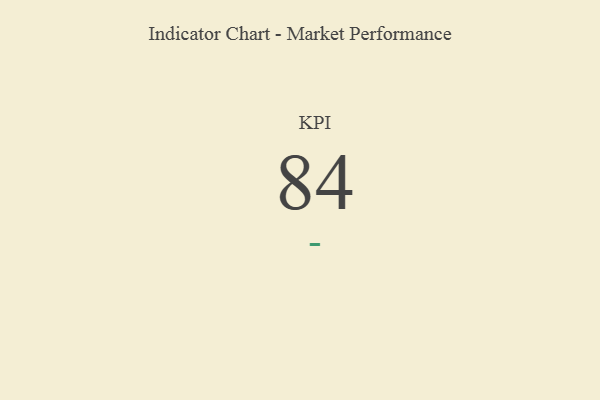
{"axis": {"x": "KPI", "y": "Value"}, "legend": [""], "data": [{"x": "KPI", "y": 84, "type": ""}]}